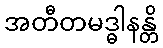
အတီတမဒ္ဓါနန္တိ